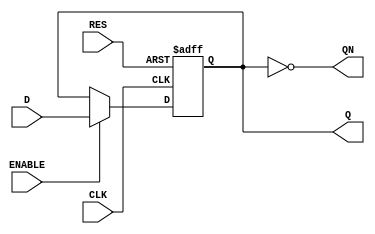
module divider2(D, CLK, Q, ENABLE, QN, RES);

	input D, CLK, RES, ENABLE;
	output QN, Q;
	reg Q;
	
always @(posedge CLK or posedge RES) begin
	if(RES == 1'b1)begin
		Q <= 0;
	end
	else begin 
	if(ENABLE == 1'b1)begin
			Q <= D;
			
	end
	end
	end

	assign QN= ~Q;
	
endmodule